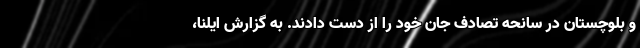
و بلوچستان در سانحه‌ تصادف جان خود را از دست دادند. به گزارش ایلنا،